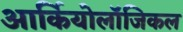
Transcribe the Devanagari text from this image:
आर्कियोलॉजिकल